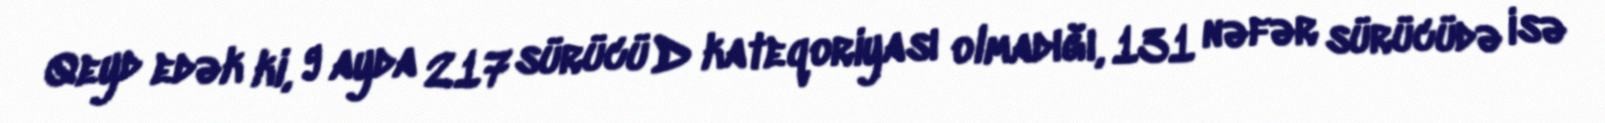
Qeyd edək ki, 9 ayda 217 sürücü D kateqoriyası olmadığı, 131 nəfər sürücüdə isə